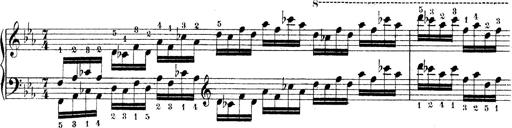
Title: Technische Studien
Composer: Franz Liszt